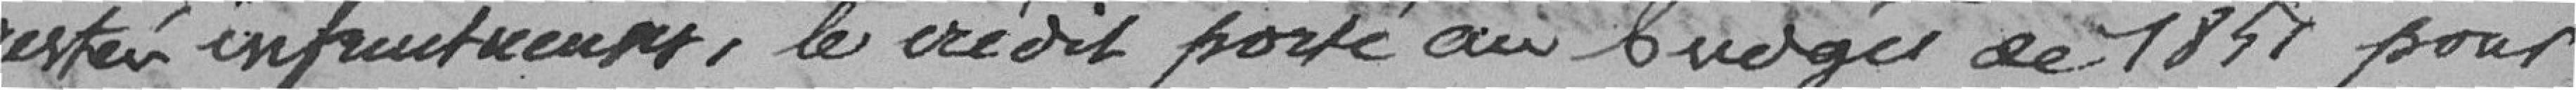
restées infructueuses, le crédit porté au budget de 1851 pour